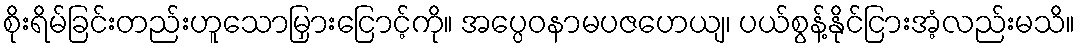
စိုးရိမ်ခြင်းတည်းဟူသောမြှားငြောင့်ကို။ အပ္ပေဝနာမပဇဟေယျ၊ ပယ်စွန့်နိုင်ငြားအံ့လည်းမသိ။